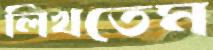
লিখতেম